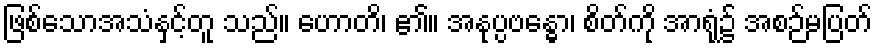
ဖြစ်သောအသံနှင့်တူ သည်။ ဟောတိ၊ ၏။ အနုပ္ပဗန္ဓော၊ စိတ်ကို အာရုံ၌ အစဉ်မပြတ်